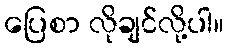
ပြေစာ လိုချင်လို့ပါ။